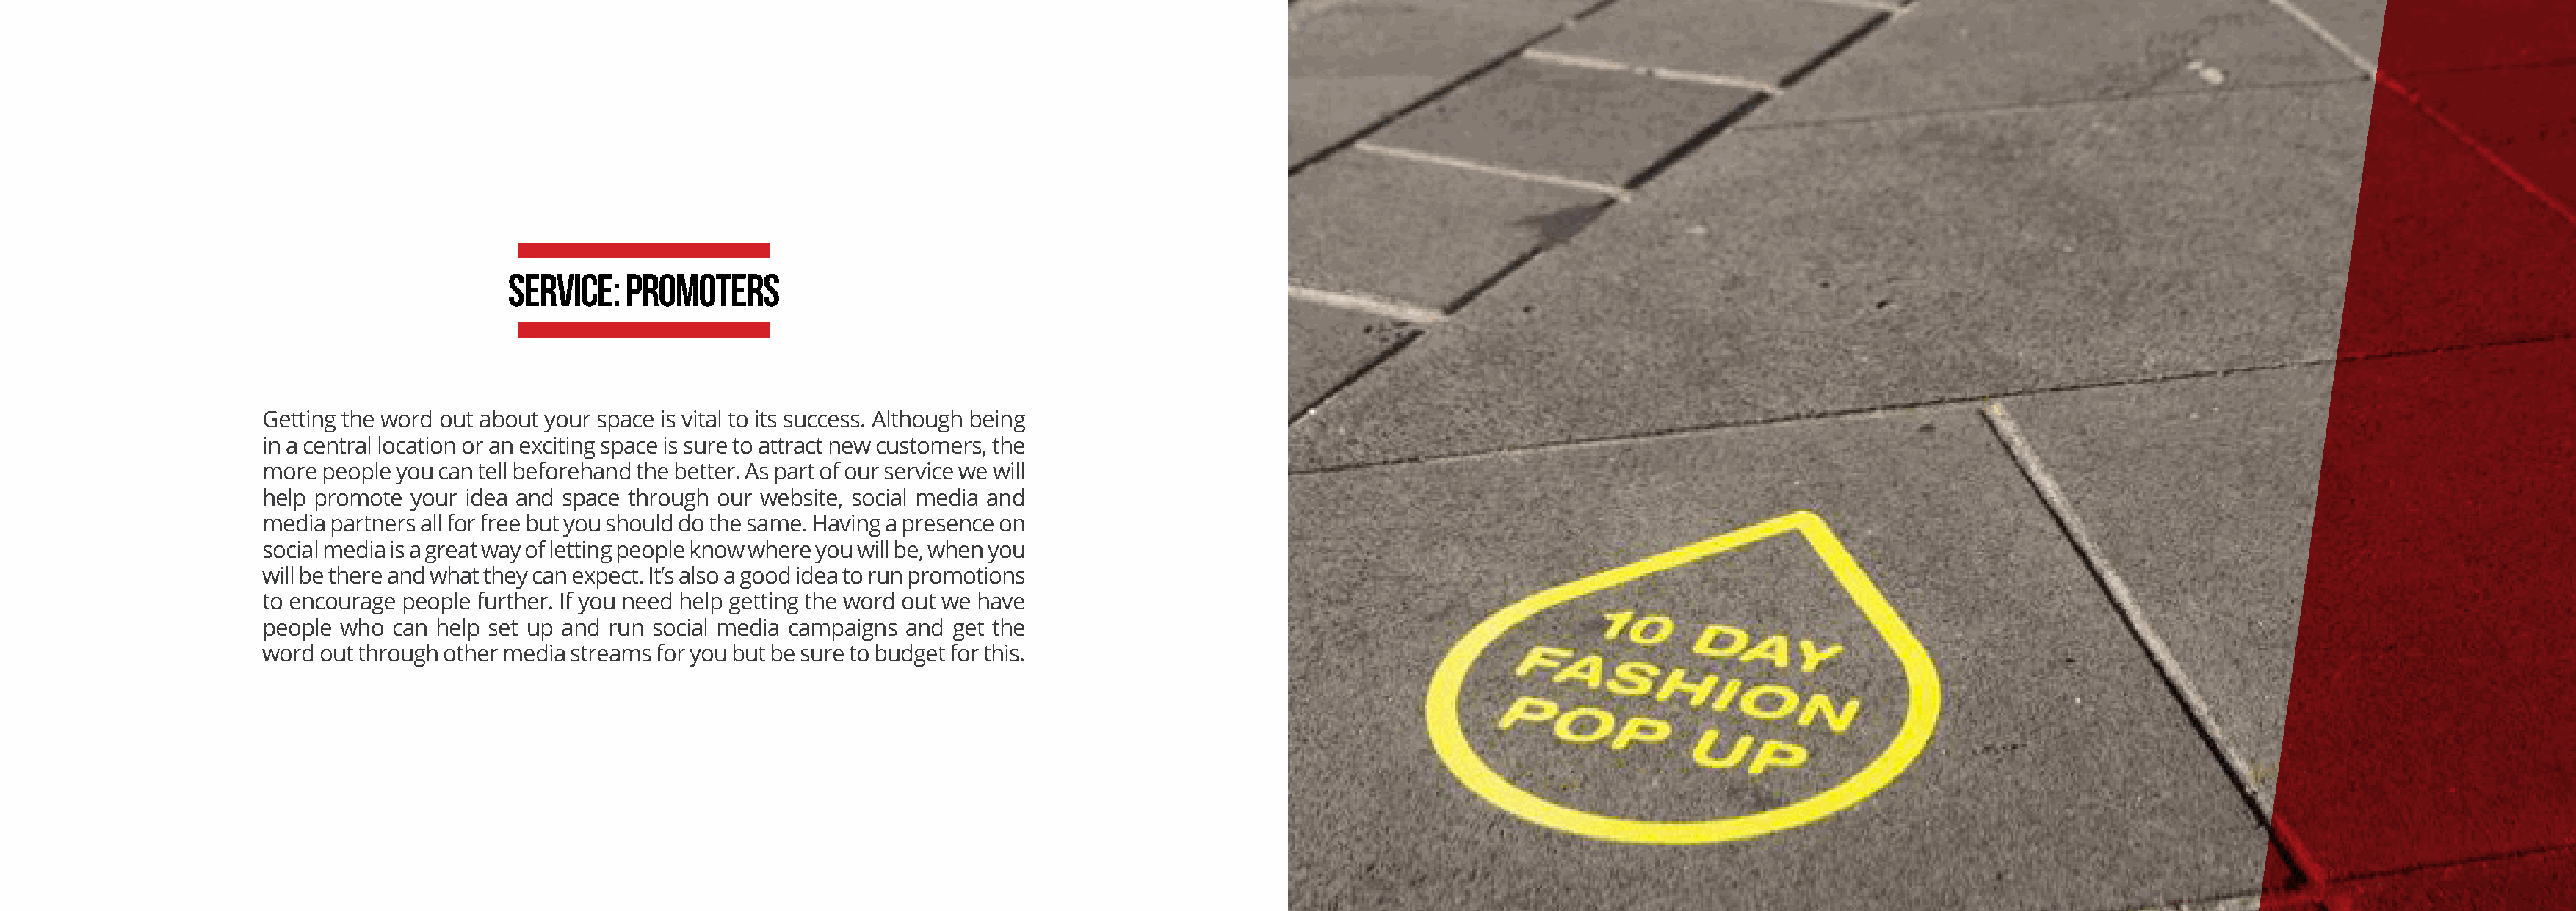
SERVICE:  PROMOTERS
 Getting the word out about your space is vital to its success. Although being
 in a central location or an exciting space is sure to attract new customers, the
 more people you can tell beforehand the better. As part of our service we will
 help promote your idea and space through our website, social media and
 media partners all for free but you should do the same. Having a presence on
 social media is a great way of letting people know where you will be, when you
 will be there and what they can expect. It’s also a good idea to run promotions
 to encourage people further. If you need help getting the word out we have
 people who can help set up and run social media campaigns and get the
 word out through other media streams for you but be sure to budget for this.